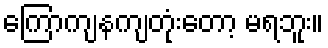
ကြောကျနကျတုံးတော့ မရဘူး။